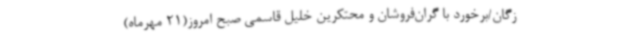
زگان/برخورد با گران‌فروشان و محتکرین خلیل قاسمی صبح امروز(21 مهرماه)